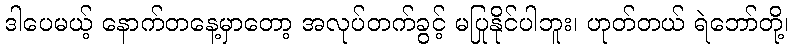
ဒါပေမယ့် နောက်တနေ့မှာတော့ အလုပ်တက်ခွင့် မပြုနိုင်ပါဘူး၊ ဟုတ်တယ် ရဲဘော်တို့၊